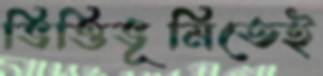
ভিত্তিভূমিতেই